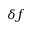
\delta { f }